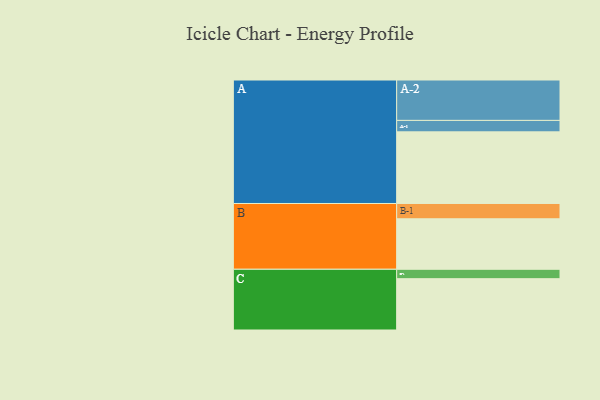
{"axis": {"x": "Segment", "y": "Value"}, "legend": ["", "A", "B", "C"], "data": [{"x": "A", "y": 525, "type": ""}, {"x": "B", "y": 370, "type": ""}, {"x": "C", "y": 376, "type": ""}, {"x": "A-1", "y": 84, "type": "A"}, {"x": "A-2", "y": 296, "type": "A"}, {"x": "B-1", "y": 112, "type": "B"}, {"x": "C-1", "y": 69, "type": "C"}]}